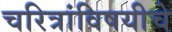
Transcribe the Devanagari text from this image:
चरित्रांविषयीचे